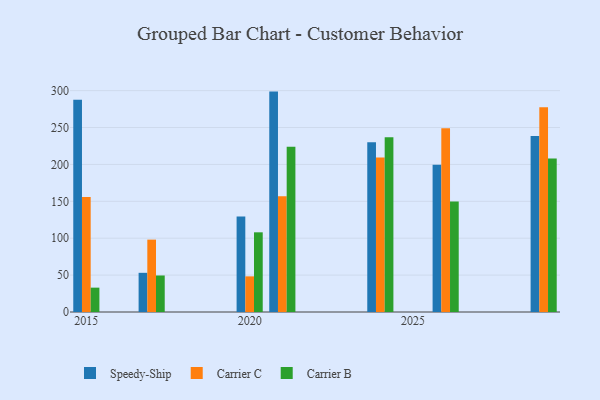
{"axis": {"x": "Year", "y": "Shipments"}, "legend": ["Carrier B", "Carrier C", "Speedy-Ship"], "data": [{"x": "2020", "y": 129.3, "type": "Speedy-Ship"}, {"x": "2020", "y": 48.3, "type": "Carrier C"}, {"x": "2020", "y": 108.0, "type": "Carrier B"}, {"x": "2017", "y": 53.1, "type": "Speedy-Ship"}, {"x": "2017", "y": 98.1, "type": "Carrier C"}, {"x": "2017", "y": 49.5, "type": "Carrier B"}, {"x": "2029", "y": 238.4, "type": "Speedy-Ship"}, {"x": "2029", "y": 277.5, "type": "Carrier C"}, {"x": "2029", "y": 208.0, "type": "Carrier B"}, {"x": "2021", "y": 298.7, "type": "Speedy-Ship"}, {"x": "2021", "y": 157.0, "type": "Carrier C"}, {"x": "2021", "y": 223.8, "type": "Carrier B"}, {"x": "2024", "y": 230.2, "type": "Speedy-Ship"}, {"x": "2024", "y": 209.4, "type": "Carrier C"}, {"x": "2024", "y": 236.9, "type": "Carrier B"}, {"x": "2026", "y": 199.4, "type": "Speedy-Ship"}, {"x": "2026", "y": 248.9, "type": "Carrier C"}, {"x": "2026", "y": 149.8, "type": "Carrier B"}, {"x": "2015", "y": 287.8, "type": "Speedy-Ship"}, {"x": "2015", "y": 155.8, "type": "Carrier C"}, {"x": "2015", "y": 33.0, "type": "Carrier B"}]}